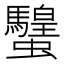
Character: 𧕸